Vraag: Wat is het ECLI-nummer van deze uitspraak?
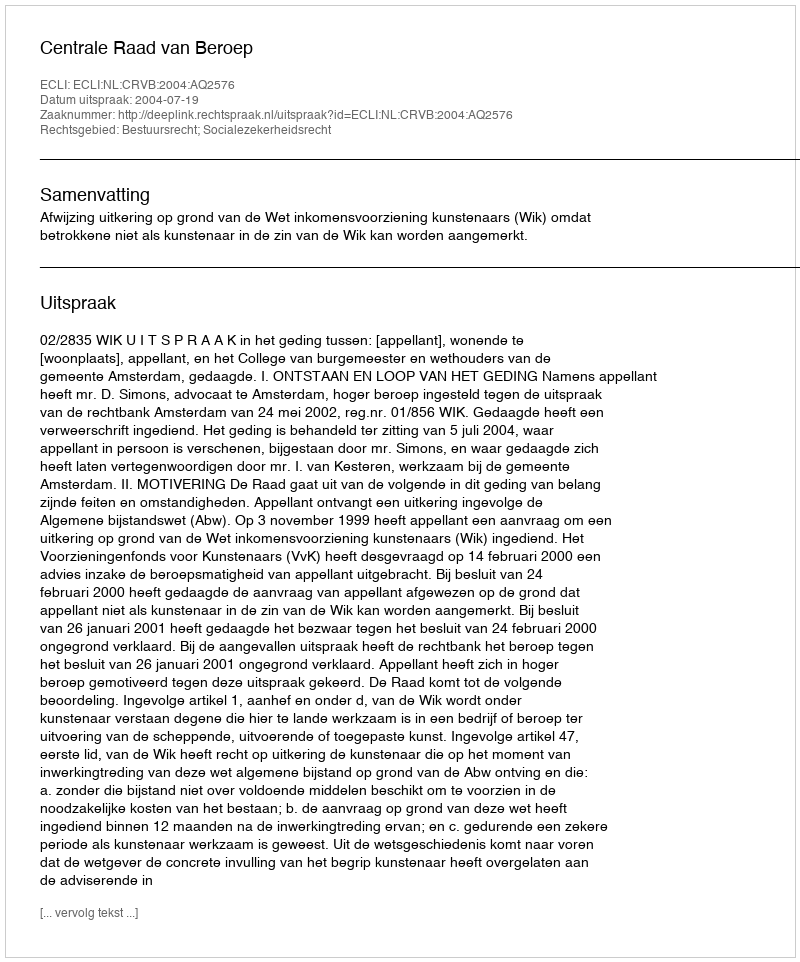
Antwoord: ECLI:NL:CRVB:2004:AQ2576